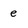
Character: e